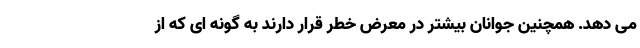
می دهد. همچنین جوانان بیشتر در معرض خطر قرار دارند به گونه ای که از